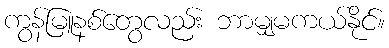
ကွန်မြူနစ်တွေလည်း ဘာမျှမကယ်နိုင်။